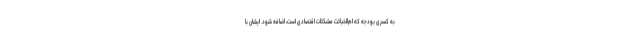
به کسری بودجه که ام‌الخبائث مشکلات اقتصادی است، اضافه شود. ایشان با